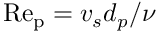
\mathrm { R e _ { p } } = v _ { s } d _ { p } / \nu